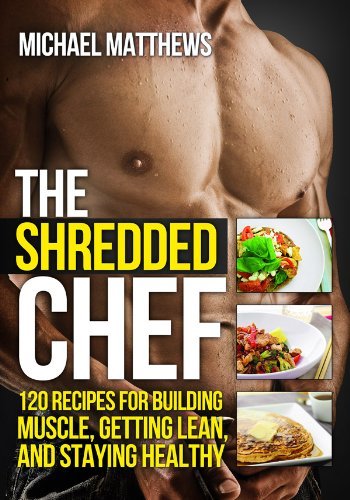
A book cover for The Shredded Chef: 120 Recipes for Building Muscle, Getting Lean, and Staying Healthy (Second Edition)(The Build Healthy Muscle Series); Michael Matthews; Cookbooks, Food & Wine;